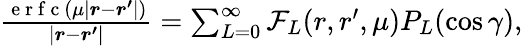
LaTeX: \begin{array}{r}{\frac{\mathrm{~e~r~f~c~}(\mu\left|\boldsymbol{r}-\boldsymbol{r^{\prime}}\right|)}{\left|\boldsymbol{r}-\boldsymbol{r^{\prime}}\right|}=\sum_{L=0}^{\infty}\mathcal{F}_{L}(r,r^{\prime},\mu)P_{L}(\cos\gamma),}\end{array}